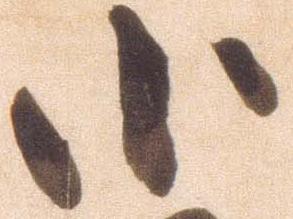
小